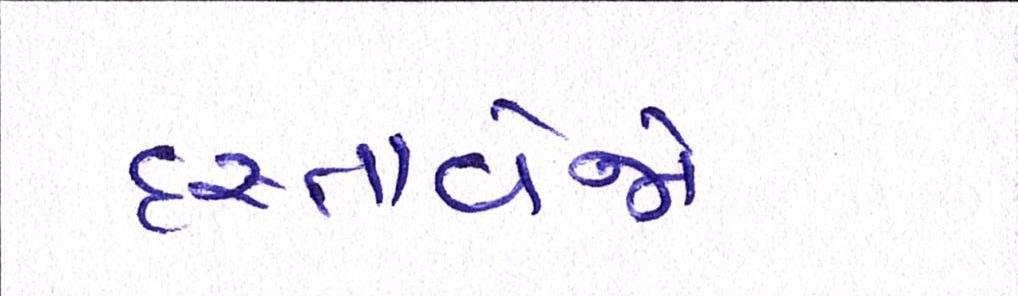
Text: દસ્તાવેજો